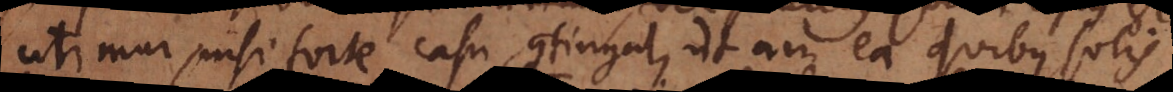
utimur, nisi forte casu contingat, ut in ea quibus solis